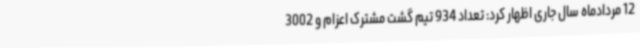
12 مردادماه سال جاری اظهار کرد: تعداد 934 تیم گشت مشترک اعزام و 3002